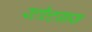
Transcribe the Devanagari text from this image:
स्टील्टग्रास